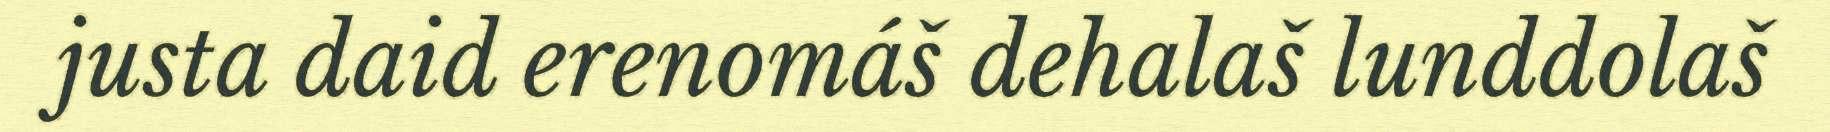
justa daid erenomáš dehalaš lunddolaš